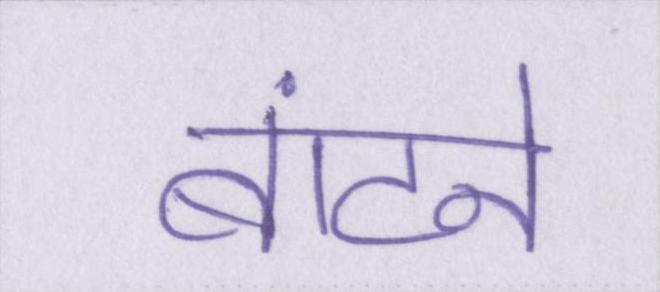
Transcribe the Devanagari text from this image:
बांटने